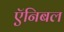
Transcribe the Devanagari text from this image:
ऍनिबल